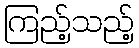
ကြည့်သည့်